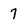
Character: 7